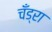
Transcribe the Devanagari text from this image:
चँड्रा